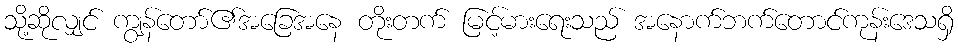
သို့ဆိုလျှင် ကျွန်တော်၏အခြေအနေ တိုးတက် မြင့်မားရေးသည် အနောက်ဘက်တောင်ကုန်းဒေသရှိ